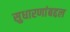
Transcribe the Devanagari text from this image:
सुधारणांबद्दल